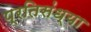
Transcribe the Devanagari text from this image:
प्रतिसंध्या